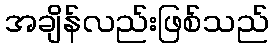
အချိန်လည်းဖြစ်သည်